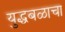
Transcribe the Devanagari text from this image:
युद्धबळाचा